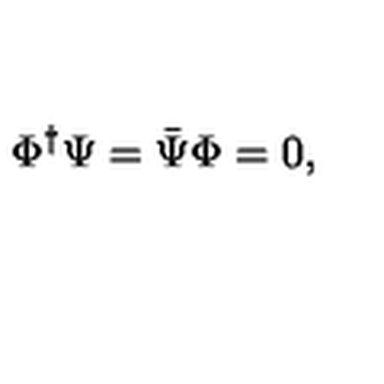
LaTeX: \Phi ^ { \dag } \Psi = { \bar { \Psi } } \Phi = 0 ,